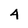
Character: 4